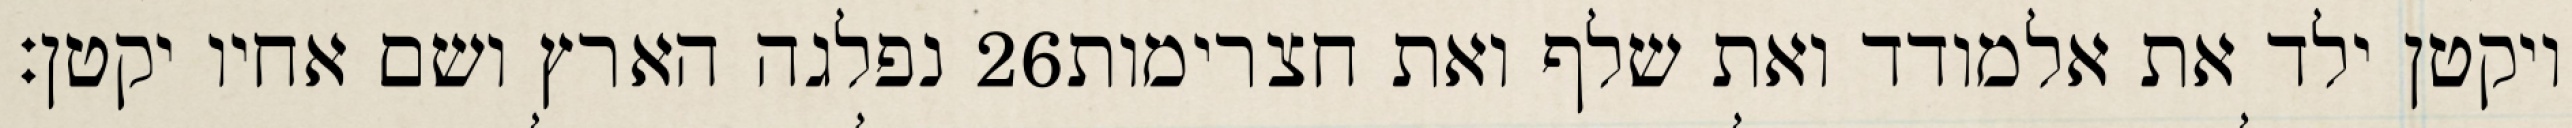
נפלגה הארץ ושם אחיו יקטן׃ ‎26‏ ויקטן ילד את אלמודד ואת שלף ואת חצרימות